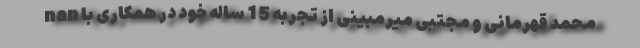
nan محمد قهرمانی و مجتبی میرمبینی از تجربه 15 ساله خود در همکاری با